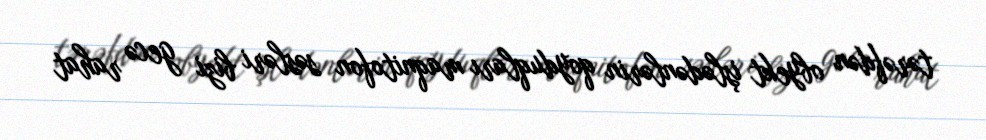
tərəfdən obyekt işlədənlərin qoyduqları maqnitofon səsləri bizi gecə rahat